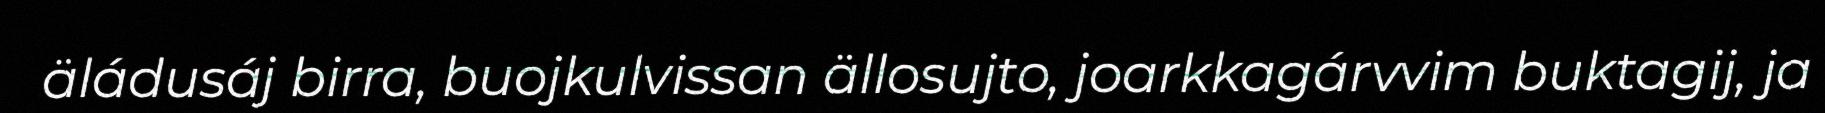
äládusáj birra, buojkulvissan ällosujto, joarkkagárvvim buktagij, ja